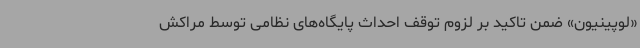
«لوپینیون» ضمن تاکید بر لزوم توقف احداث پایگاه‌های نظامی توسط مراکش